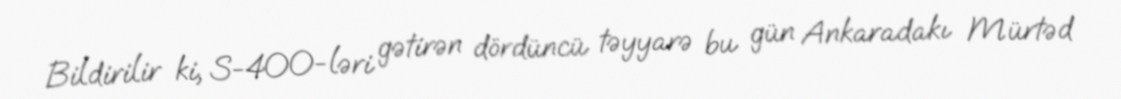
Bildirilir ki, S-400-ləri gətirən dördüncü təyyarə bu gün Ankaradakı Mürtəd